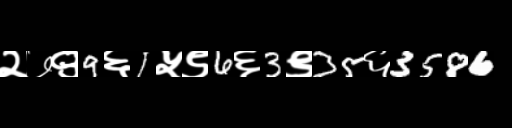
Text: २७९9६1५९6६3९35६3586